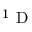
^ 1 \mathrm { ~ D ~ }